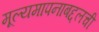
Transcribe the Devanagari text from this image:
मूल्यमापनाबद्दलची